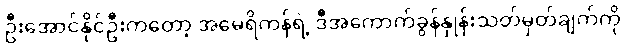
ဦးအောင်နိုင်ဦးကတော့ အမေရိကန်ရဲ့ ဒီအကောက်ခွန်နှုန်းသတ်မှတ်ချက်ကို